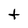
Character: t